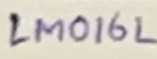
Text: LM016L